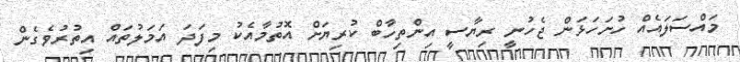
މައްސަލައެއް ހުށަހަޅަން ޖެހުނީ ރިޔާސީ އިންތިހާބް ކުރިޔަށް އޮތުމާއެކު މިފަދަ އަމަލުތައް އިތުރުވެގެން